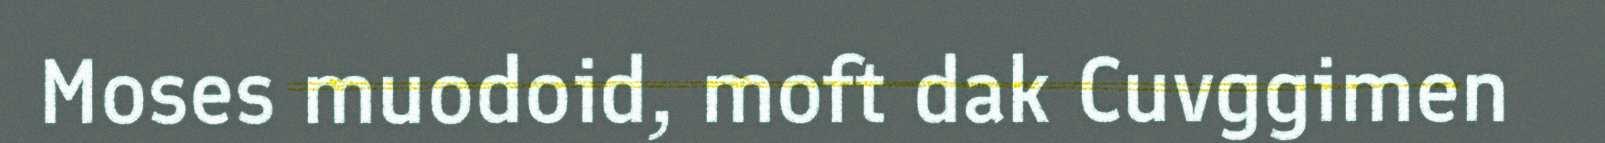
Moses muodoid, moft dak Cuvggimen